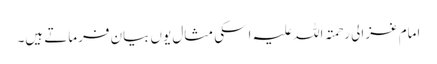
امام غزالی رحمتہ اللہ علیہ اسکی مثال یوں بیان فرماتے ہیں۔